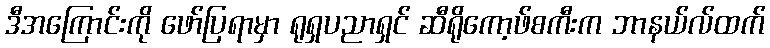
ဒီအကြောင်းကို ဖော်ပြရာမှာ ရုရှပညာရှင် ဆီရိုကော့ဖ်စကီးက ဘာနယ်လ်ထက်